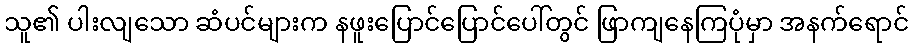
သူ၏ ပါးလျသော ဆံပင်များက နဖူးပြောင်ပြောင်ပေါ်တွင် ဖြာကျနေကြပုံမှာ အနက်ရောင်